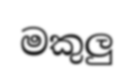
මකුලු